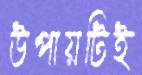
উপায়টিই